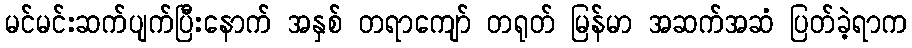
မင်မင်းဆက်ပျက်ပြီးနောက် အနှစ် တရာကျော် တရုတ် မြန်မာ အဆက်အဆံ ပြတ်ခဲ့ရာက